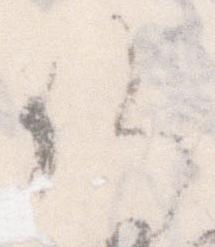
候